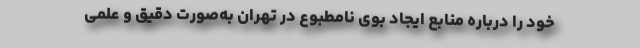
خود را درباره منابع ایجاد بوی نامطبوع در تهران به‌صورت دقیق و علمی